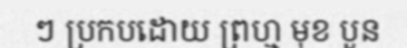
ៗ ប្រកបដោយ ព្រហ្ម មុខ បួន